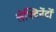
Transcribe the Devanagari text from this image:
लेफ्टिनेंटों